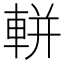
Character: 軿